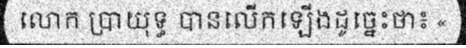
លោក ប្រាយុទ្ធ បានលើកឡើងដូច្នេះថា៖ «